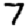
Digit: 7